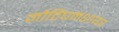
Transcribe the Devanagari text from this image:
नौटिंघमशायर